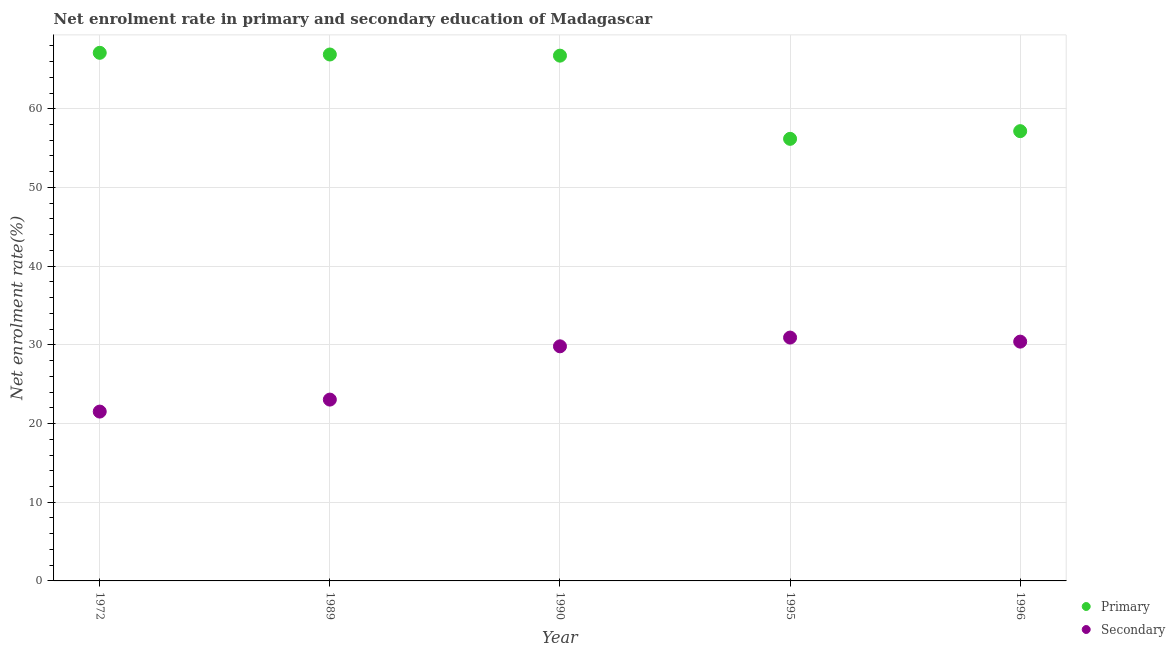
| Year | Primary | Secondary |
 | --- | --- | --- |
 | 1972 | 67.1 | 21.5 |
 | 1989 | 66.9 | 23 |
 | 1990 | 66.8 | 29.8 |
 | 1995 | 56.2 | 30.9 |
 | 1996 | 57.2 | 30.4 |